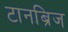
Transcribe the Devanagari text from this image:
टानब्रिज